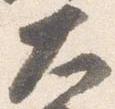
大